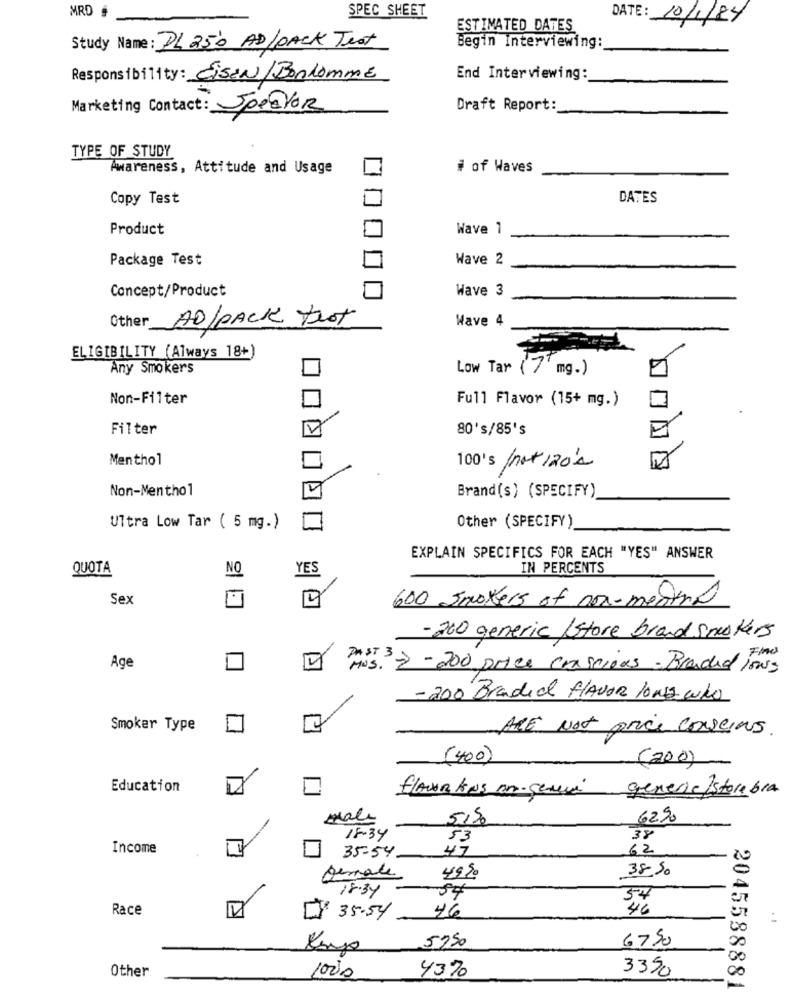
MRD #
SPEC SHEET
DATE: 10/1/84
ESTIMATED DATES
Study Name: PL 25'0 AD/PACK Test
Begin Interviewing:
Responsibility : EISEN/Bonhomme
End Interviewing:
Marketing Contact: Joeator
Draft Report:
TYPE OF STUDY
Awareness, Attitude and Usage
# of Waves
Copy Test
DATES
Product
Wave 1
Package Test
Wave 2
Concept/Product
Wave 3
Wave 4
Other AD/PACK trot
ELIGIBILITY (Always 18+)
Any Smokers
Low Tar ( 7 ' mg.)
Non-Filter
Full Flavor (15+ mg.)
Filter
80's/85's
Menthol
100's /not /20's
Non-Menthol
Brand(s) (SPECIFY)
Ultra Low Tar ( 5 mg.)
Other (SPECIFY)
EXPLAIN SPECIFICS FOR EACH "YES" ANSWER
QUOTA
NO
YES
IN PERCENTS
Sex
600 Smokers of non-medard
-200 generic /store brand smokers
Find
Age
HOS. - 200 price conscious- Branded lows
-200 Branded FLAVOR LONG CULO
Smoker Type
ARE Not price consens.
(400)
(200)
Education
generic/storebra
flavorkus in- genera
mal
5,50
62%
18.34
53
38
Income
35-54
47
62
49,50
38 50
female
18.34
54
Race
[X 35.54
46
00
6750
20
5750
DO
Other
1000
43%
3350
2045588881